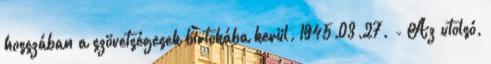
hosszában a szövetségesek birtokába kerül. 1945.03.27. - Az utolsó,